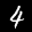
Label: 4